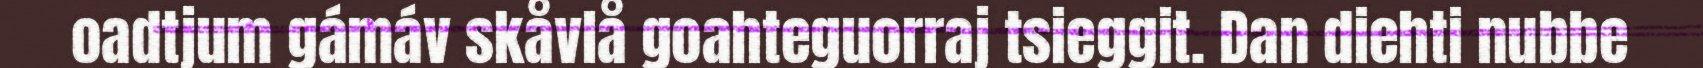
oadtjum gámáv skåvlå goahteguorraj tsieggit. Dan diehti nubbe